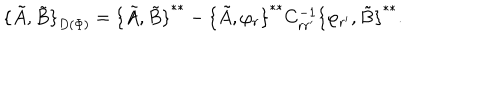
{ \{ \tilde { A } , \tilde { B } \} } _ { D ( \Phi ) } = { \{ \tilde { A } , \tilde { B } \} } ^ { * * } - { \{ \tilde { A } , \varphi _ { r } \} } ^ { * * } C _ { r r ^ { \prime } } ^ { - 1 } { \{ \varphi _ { r ^ { \prime } } , \tilde { B } \} } ^ { * * } .